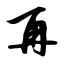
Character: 再